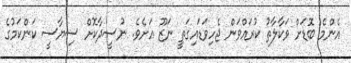
އެންމެ ބޮޑަށް ވަކާލާތު ކުރައްވަން ޖެހިވަޑައިގަތީ ނަޒޫ އަށެވެ. ނުސީދާކޮށް ސިޔާސީ ކަންކަމުގެ